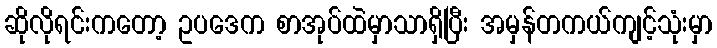
ဆိုလိုရင်းကတော့ ဥပဒေက စာအုပ်ထဲမှာသာရှိပြီး အမှန်တကယ်ကျင့်သုံးမှာ